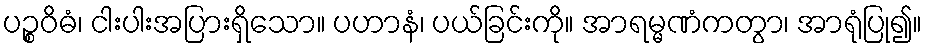
ပဉ္စဝိဓံ၊ ငါးပါးအပြားရှိသော။ ပဟာနံ၊ ပယ်ခြင်းကို။ အာရမ္မဏံကတွာ၊ အာရုံပြု၍။